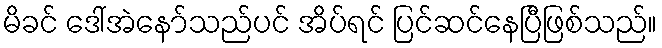
မိခင် ဒေါ်အဲနော်သည်ပင် အိပ်ရင် ပြင်ဆင်နေပြီဖြစ်သည်။